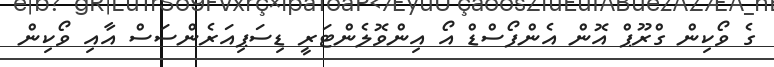
ގެ ވޯކިން ގްރޫޕް އޮން އެންފޯސްޑް އޯ އިންވޮލެންޓަރީ ޑިސަޕިއަރެންސަސް އާއި ވޯކިން